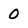
Character: 0